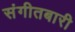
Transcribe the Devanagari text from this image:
संगीतबारी